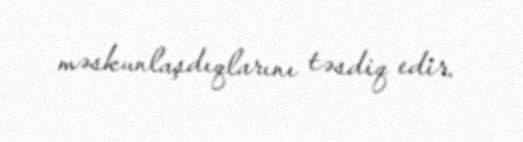
məskunlaşdıqlarını təsdiq edir.